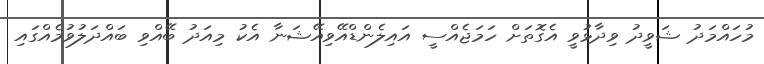
މުހައްމަދު ޝަވީދު ވިދާޅުވީ އެގޮތަށް ހަމަޖެއްސީ އައިލެންޑްއޭވިއޭޝަނާ އެކު މިއަދު ބޭއްވި ބައްދަލުވުމެއްގައި